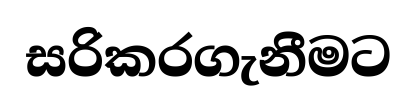
සරිකරගැනීමට